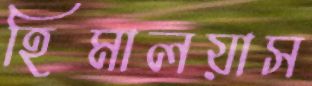
হিমালয়াস